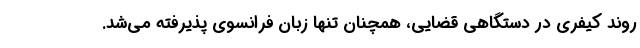
روند کیفری در دستگاهی قضایی، همچنان تنها زبان فرانسوی پذیرفته می‌شد.